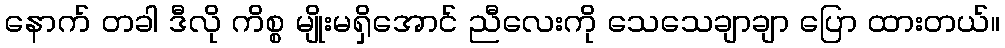
နောက် တခါ ဒီလို ကိစ္စ မျိုးမရှိအောင် ညီလေးကို သေသေချာချာ ပြော ထားတယ်။